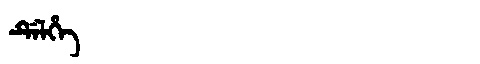
Manchu: ᡩᡝᠯᡥᡝ
Romanization: DELHE